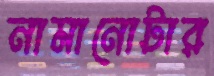
নামানোটার